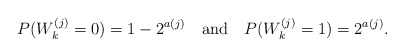
\begin{align*}P(W^{(j)}_k = 0) = 1 - 2^{a(j)}\ \ \ {\rm and}\ \ \ P(W^{(j)}_k = 1) = 2^{a(j)}.\end{align*}